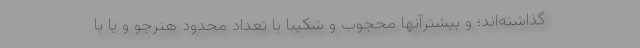
گذاشته‌اند؛ و بیشترآنها محجوب و شکیبا با تعداد محدود هنرجو و یا با